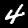
Label: 4